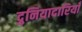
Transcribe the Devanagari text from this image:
दुनियादारियाँ